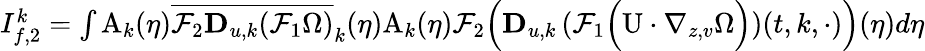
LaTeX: \begin{array}{r}{I_{f,2}^{k}=\int\mathrm{A}_{k}(\eta)\overline{{\mathcal{F}_{2}\mathbf{D}_{u,k}(\mathcal{F}_{1}\Omega)}}_{k}(\eta)\mathrm{A}_{k}(\eta)\mathcal{F}_{2}\Big(\mathbf{D}_{u,k}\left(\mathcal{F}_{1}\Big(\mathrm{U}\cdot\nabla_{z,v}\Omega\Big)\right)(t,k,\cdot)\Big)(\eta)d\eta}\end{array}